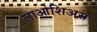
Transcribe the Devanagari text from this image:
लाओशिअस